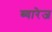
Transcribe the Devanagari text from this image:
ब्यारेज